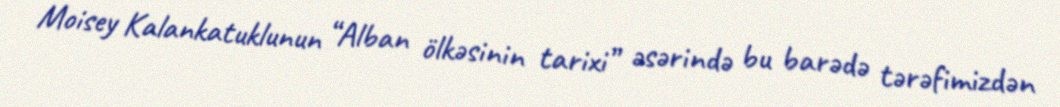
Moisey Kalankatuklunun “Alban ölkəsinin tarixi” əsərində bu barədə tərəfimizdən